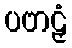
ပဗာဠှံ